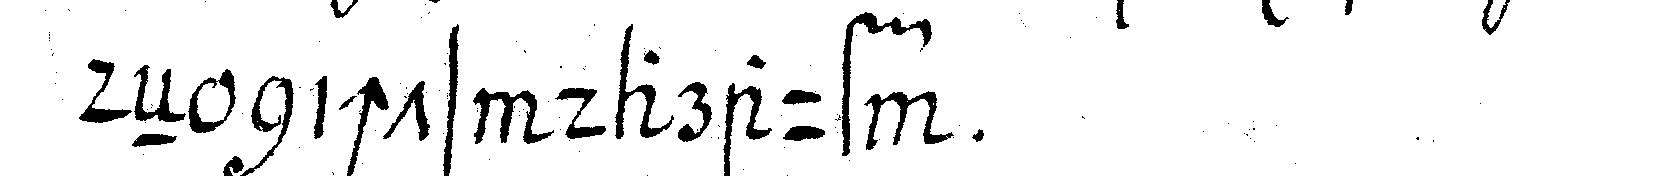
deN nichts darauf .